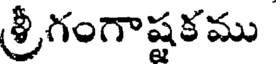
శ్రీగంగాష్టకము